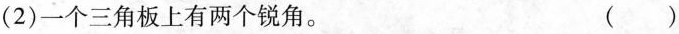
(2)一个三角板上有两个锐角。 ( )